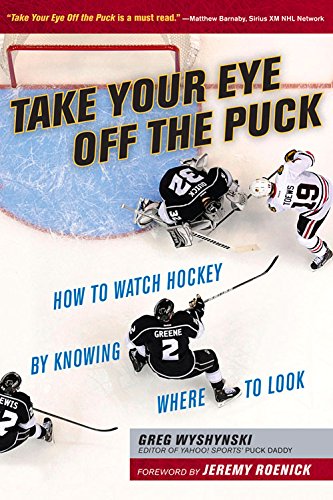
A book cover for Take Your Eye Off the Puck: How to Watch Hockey By Knowing Where to Look; Greg Wyshynski; Reference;